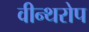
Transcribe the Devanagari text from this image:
वीन्थरोप